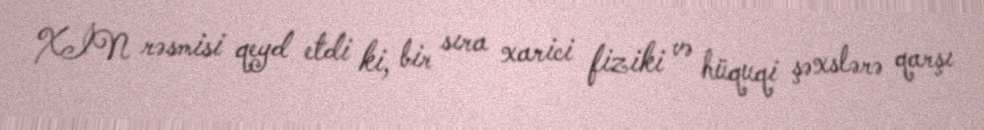
XİN rəsmisi qeyd etdi ki, bir sıra xarici fiziki və hüquqi şəxslərə qarşı